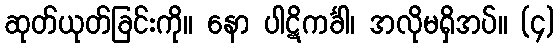
ဆုတ်ယုတ်ခြင်းကို။ နော ပါဋိကင်္ခါ၊ အလိုမရှိအပ်။ (၄)